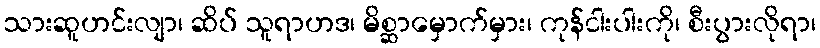
သားဆူဟင်းလျာ၊ ဆိပ် သူရာဟဒ၊ မိစ္ဆာမှောက်မှား၊ ကုန်ငါးပါးကို၊ စီးပွားလိုရာ၊